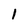
Character: l